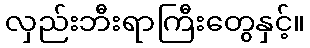
လှည်းဘီးရာကြီးတွေနှင့်။